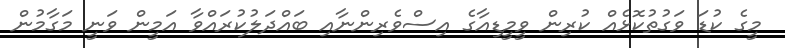
މީގެ ކުޑަ ވަގުތުކޮޅެއް ކުރިން ވީމީޑިއާގެ އިސްވެރިންނާއި ބައްދަލުކުރައްވާ އަމީން ވަނީ މަގާމުން